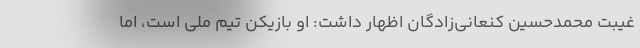
غیبت محمدحسین کنعانی‌زادگان اظهار داشت: او بازیکن تیم ملی است، اما